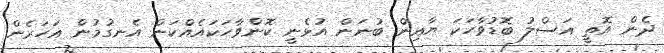
ދެން އޮތީ އަސްލު ބޮޑުވާހަކަ ޔާއިން ބުނަން އުޅެނީ ކޮންވާހަކައެއްކަން އެނގުމުން އަަހަރެން